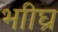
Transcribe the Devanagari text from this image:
भाीघ्र